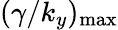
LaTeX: (\gamma/k_{y})_{\mathrm{{max}}}